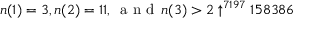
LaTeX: n ( 1 ) = 3 , n ( 2 ) = 1 1 , \, { \textrm { a n d } } \, n ( 3 ) > 2 \uparrow ^ { 7 1 9 7 } 1 5 8 3 8 6